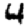
Digit: 4